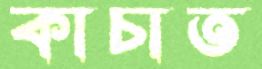
কাচাত